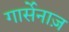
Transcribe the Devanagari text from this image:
गार्सेनाज़